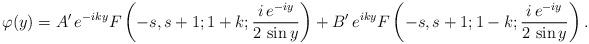
LaTeX: \begin{align*}\varphi(y)=A'\,e^{-iky}F\left(-s,s+1;1+k;\frac{i\,e^{-iy}}{2\,\sin y}\right)+B'\,e^{iky}F\left(-s,s+1;1-k;\frac{i\,e^{-iy}}{2\,\sin y}\right).\end{align*}